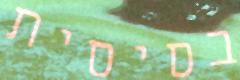
בסיסית